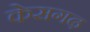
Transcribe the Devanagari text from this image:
केसगढ़